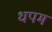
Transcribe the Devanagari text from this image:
धपम